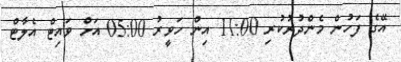
އޭގެ ފަހުން މެންދުރުކުރި 11:00 އިން ހަވީރު 05:00 އަށް ވައިޓް އެލާޓް